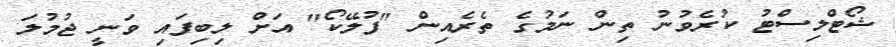
ޝޯޓްލިސްޓު ކުރެވުނު ތިން ނަމުގެ ތެރެއިން "ފުލޭކޯ" އަށް ލިބިފައި ވަނީ ޖުމުލަ